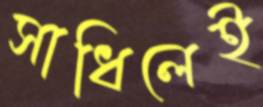
সাধিলেই